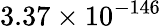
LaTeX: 3.37\times 10^{-146}